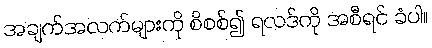
အချက်အလက်များကို စိစစ်၍ ရလဒ်ကို အစီရင် ခံပါ။